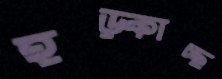
হড়্‌কাচ্ছ